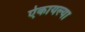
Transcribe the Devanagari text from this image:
ऐकायल्या